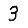
Digit: 3